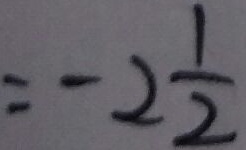
= - 2 \frac { 1 } { 2 }